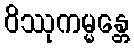
ဝိဿုကမ္မန္တေ